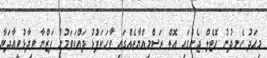
މިއަދު ހެނދުނު ހޮޓެލް ޖެންގައި އޮތް ރަސްމިއްޔާތެއްގައި ވާހަކަފުުޅު ދައްކަވަމުން ފަަޒްނާ ވިދާޅުވީއާދަޔާ